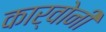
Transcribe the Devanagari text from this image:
कार्वोनी